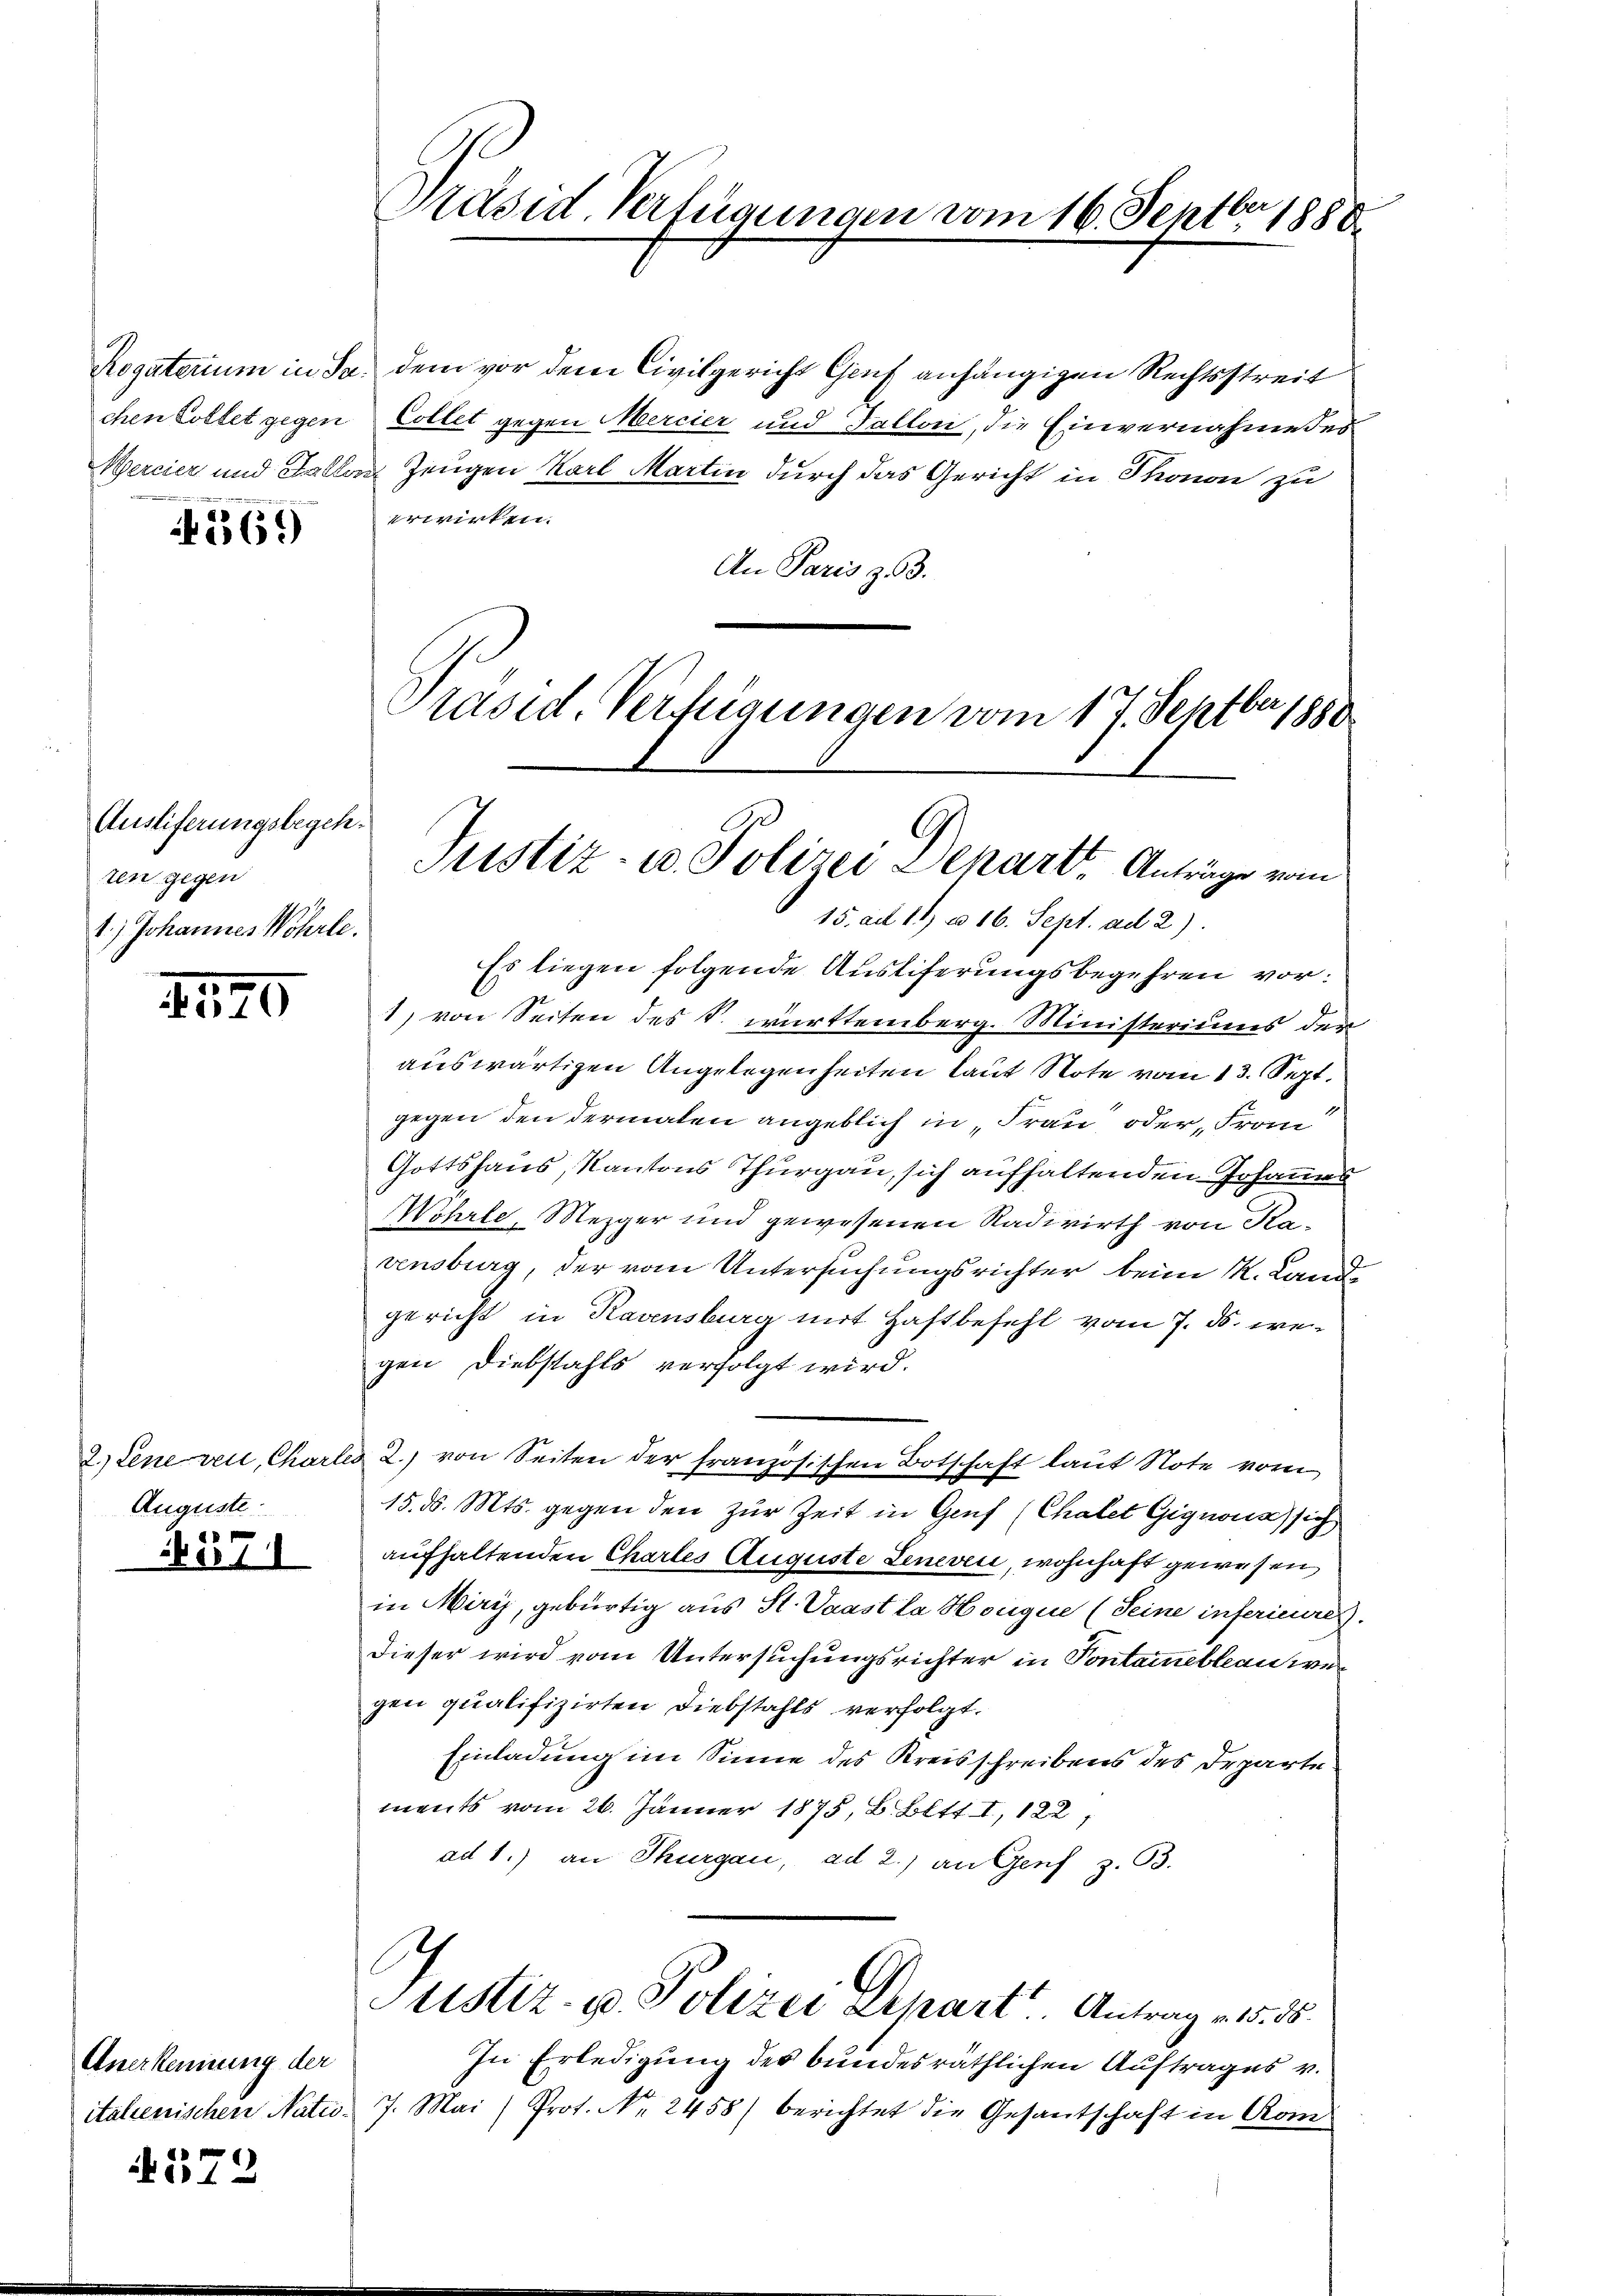
chen Lottet gegen
e

369)

Ausliferungsbegeh
ren gegen
1.) Johannes Wehrle.

1570

2.) Sene rei, Charle
Auguste

127

N 572

e
t

Anerkennung der
italienischen Natio¬

Präsid. Verfügungen vom 16. Septbr 1888

Rogaterium in Sa. dem vor dem Civilgericht Genf anhängigen Rechtsstreit
Collet gegen Mercier und Fallon, die Einvernahme des
Mercier und Fallen Zeugen Karl Martin durch das Gericht in Thonon zu
erwirken.
An Paris z. 3.
Präsid. Verfügungen vom 17. Septbr 1880

Justiz- u. Polizei Depart. Anträge vom
15. ad 11 u. 16. Sept. ad 2)

Es liegen folgende Ausliferungsbegehren vor:
1) von Seiten des S. württemberg. Ministeriums der
auswärtigen Angelegenheiten laut Note vom 13. Sept.
gegen den dermalen angeblich in Frau oder Fran
Gottshaus, Kantons Thurgau, sich aufhaltenden Johanns
Wohrle, Mezger und gewesenen Radiwirth von Ravensburg, der vom Untersuchungsrichter beim K. Lande
gericht in Ravensburg mit Haftbefehl vom 7. ds. wegen Diebstahls verfolgt wird.
ad 2.) von Seiten der französischen Botschaft laut Note vom
15. d. Mts. gegen den zur Zeit in Genf (Chalet Gignonassich
aufhaltenden Chartes Auguste Lenevii, wohnhaft gewesen,
in Miri, gebürtig aus St. Vaast la Horique (Seine inferieures.
dieser wird vom Untersuchungsrichter in Pontammebleau wen
gen qualifizirten Diebstahls verfolgt.
Einladung im Sinne des Kreisschreibens des Irparte
ments vom 26. Jänner 1875, B. Bitt. I, 122,
ad 1.) an Thurgau, ad 2.) an Genf z. 53.
Justiz- u. Polizei Chart. Antrag v. 5. 55.
In Erledigung des bundesräthlichen Auftrages v.
7. Mai (Prot. No. 2458) berichtet die Gesantschaft in Rom